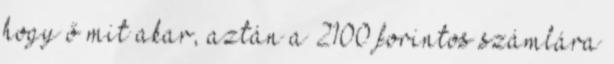
hogy ő mit akar, aztán a 2100 forintos számlára